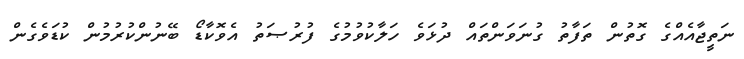
ނަތީޖާއެއްގެ ގޮތުން ތަފާތު ގުނަވަންތައް ދުޅަވެ ހަލާކުވުމުގެ ފުރުޞަތު އެވޮކާޑޯ ބޭނުންކުރުމުން ކުޑަވެގެން